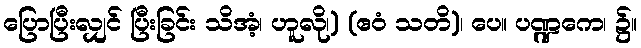
ပြောပြီးလျှင် ပြီးခြင်း သိအံ့၊ ဟူလို၊) (ဧဝံ သတိ)၊ ပေ။ ပဏ္ဍကေ၊ ၌။